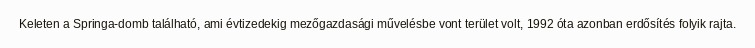
Keleten a Springa-domb található, ami évtizedekig mezőgazdasági művelésbe vont terület volt, 1992 óta azonban erdősítés folyik rajta.